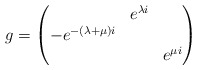
\begin{align*}g = \begin{pmatrix}&e^{\lambda i} &\\-e^{-(\lambda+\mu)i}&&\\&&e^{\mu i}\end{pmatrix}\end{align*}